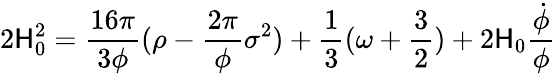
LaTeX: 2\mathsf{H}_{0}^{2}=\frac{{16{\pi}}}{{3{\phi}}}({\rho}-\frac{{2{\pi}}}{{\phi}}{\sigma}^{2})+\frac{{1}}{{3}}({\omega}+\frac{{3}}{{2}})+2\mathsf{H}_{0}\frac{{\dot{{\phi}}}}{{\phi}}